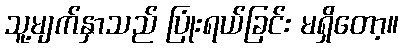
သူ့မျက်နှာသည် ပြုံးရယ်ခြင်း မရှိတော့။